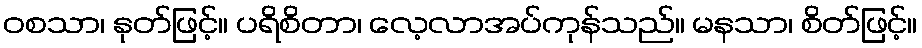
ဝစသာ၊ နုတ်ဖြင့်။ ပရိစိတာ၊ လေ့လာအပ်ကုန်သည်။ မနသာ၊ စိတ်ဖြင့်။